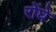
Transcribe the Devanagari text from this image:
रोंघे